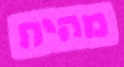
מהית